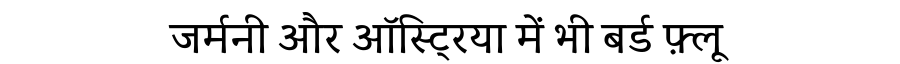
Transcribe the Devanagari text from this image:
जर्मनी और ऑस्ट्रिया में भी बर्ड फ़्लू